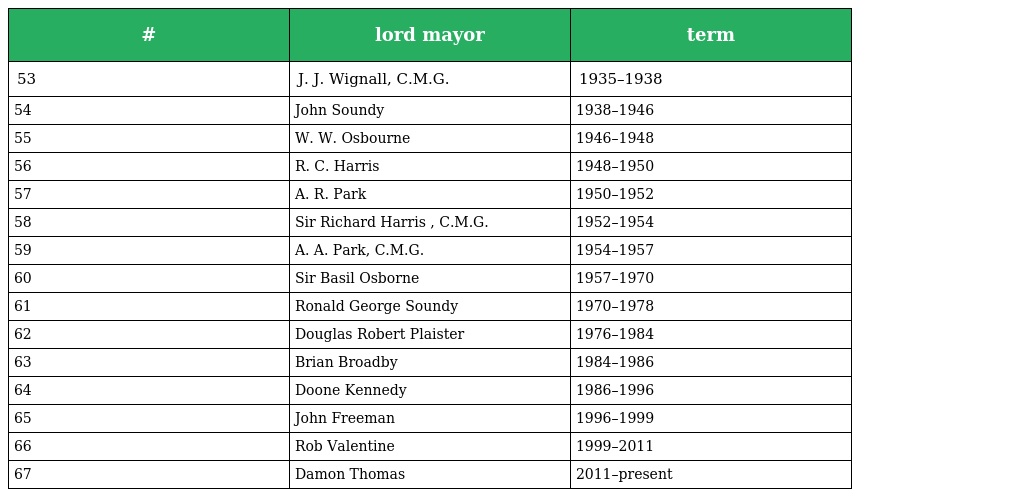
| # | lord mayor | term |
 | --- | --- | --- |
 | 53 | J. J. Wignall, C.M.G. | 1935–1938 |
 | 54 | John Soundy | 1938–1946 |
 | 55 | W. W. Osbourne | 1946–1948 |
 | 56 | R. C. Harris | 1948–1950 |
 | 57 | A. R. Park | 1950–1952 |
 | 58 | Sir Richard Harris , C.M.G. | 1952–1954 |
 | 59 | A. A. Park, C.M.G. | 1954–1957 |
 | 60 | Sir Basil Osborne | 1957–1970 |
 | 61 | Ronald George Soundy | 1970–1978 |
 | 62 | Douglas Robert Plaister | 1976–1984 |
 | 63 | Brian Broadby | 1984–1986 |
 | 64 | Doone Kennedy | 1986–1996 |
 | 65 | John Freeman | 1996–1999 |
 | 66 | Rob Valentine | 1999–2011 |
 | 67 | Damon Thomas | 2011–present |